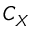
C _ { X }